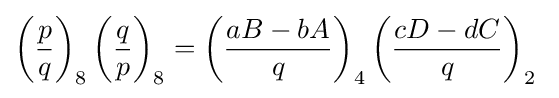
\left({\frac {p}{q}}\right)_{8}\left({\frac {q}{p}}\right)_{8}=\left({\frac {aB-bA}{q}}\right)_{4}\left({\frac {cD-dC}{q}}\right)_{2}\